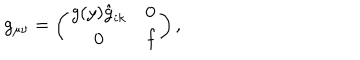
g _ { \mu \nu } = \left( \begin{array} { c c } { { g ( y ) \hat { g } _ { i k } } } & { { 0 } } \\ { { 0 } } & { { f } } \\ \end{array} \right) ,